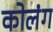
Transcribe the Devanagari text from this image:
कोलंग